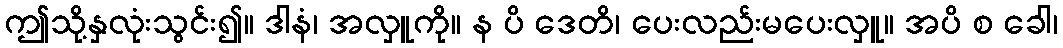
ဤသို့နှလုံးသွင်း၍။ ဒါနံ၊ အလှူကို။ န ပိ ဒေတိ၊ ပေးလည်းမပေးလှူ။ အပိ စ ခေါ၊